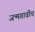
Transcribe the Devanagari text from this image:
जन्मगावीच